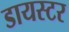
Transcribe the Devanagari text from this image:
डायस्टर